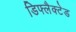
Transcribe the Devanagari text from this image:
डिफ्लैक्टेड